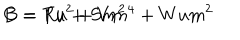
LaTeX: B = R u + S m ^ { 2 } \hspace { 2 c m } C = T u ^ { 2 } + V m ^ { 4 } + W u m ^ { 2 }